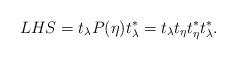
LaTeX: \begin{align*} LHS= t_\lambda P(\eta) t_\lambda^* =t_\lambda t_\eta t_\eta^* t_\lambda^*. \end{align*}